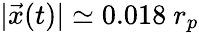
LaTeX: |\vec{x}(t)|\simeq 0.018~r_{p}